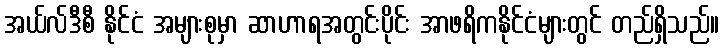
အယ်လ်ဒီစီ နိုင်ငံ အများစုမှာ ဆာဟာရအတွင်းပိုင်း အာဖရိကနိုင်ငံများတွင် တည်ရှိသည်။